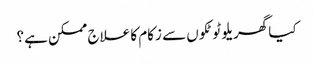
کیا گھریلو ٹوٹکوں سے زکام کا علاج ممکن ہے؟